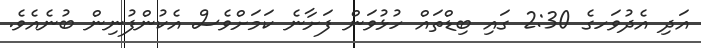
އަދި އެދުވަހގެ 2:30 ގައި ބިޑްތައް ހުޅުވަން ފަށާނެ ކަމަށްވެސް އެކުންފުނިން ބުނެއެވެ.